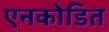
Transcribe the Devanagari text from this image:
एनकोडित